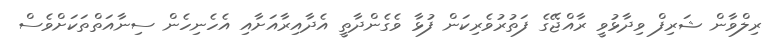
ރިލްވާން ޝަރިފް ވިދާޅުވީ ރާއްޖޭގެ ފަތުރުވެރިކަން ފުޅާ ވެގެންދާތީ އެދާއިރާއަށާއި އެހެނިހެން ސިނާއަތްތަކަށްވެސް